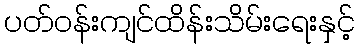
ပတ်ဝန်းကျင်ထိန်းသိမ်းရေးနှင့်